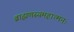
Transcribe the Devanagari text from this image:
ब्राह्मणस्यमहात्मनः